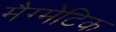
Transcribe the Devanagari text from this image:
मैग्मेटिक